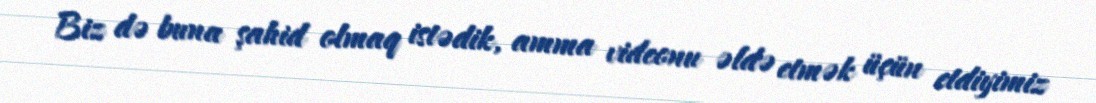
Biz də buna şahid olmaq istədik, amma videonu əldə etmək üçün etdiyimiz